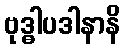
ဗုဒ္ဓါပဒါနာနိ